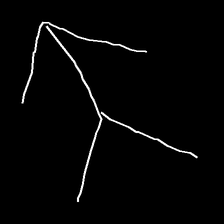
Glyph: gather